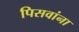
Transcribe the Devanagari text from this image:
पिसवांना